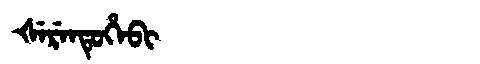
Manchu: ᡧᡝᡵᡝᠨᡨᡠᡥᡝᠪᡳ
Romanization: ŠERENTUHEBI